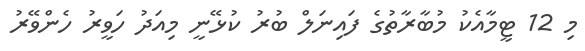
މި 12 ޓީމާއެކު މުބާރާތުގެ ފައިނަލް ބުރު ކުޅޭނީ މިއަދު ހަވީރު ހެންވޭރު